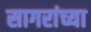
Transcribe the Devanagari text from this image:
सागरांच्या